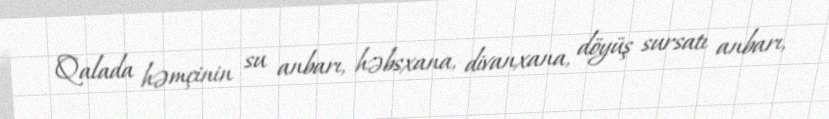
Qalada həmçinin su anbarı, həbsxana, divanxana, döyüş sursatı anbarı,